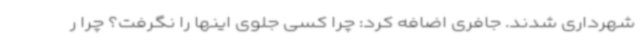
شهرداری شدند. جافری اضافه کرد: چرا کسی جلوی اینها را نگرفت؟ چرا ر